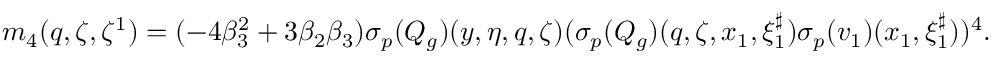
\begin{array} { r } { m _ { 4 } ( q , \zeta , \zeta ^ { 1 } ) = ( - 4 \beta _ { 3 } ^ { 2 } + 3 \beta _ { 2 } \beta _ { 3 } ) { { \sigma _ { p } } } ( Q _ { g } ) ( y , \eta , q , \zeta ) ( { { \sigma _ { p } } } ( Q _ { g } ) ( q , \zeta , x _ { 1 } , \xi _ { 1 } ^ { \sharp } ) \sigma _ { { p } } ( v _ { 1 } ) ( x _ { 1 } , \xi _ { 1 } ^ { \sharp } ) ) ^ { 4 } . } \end{array}